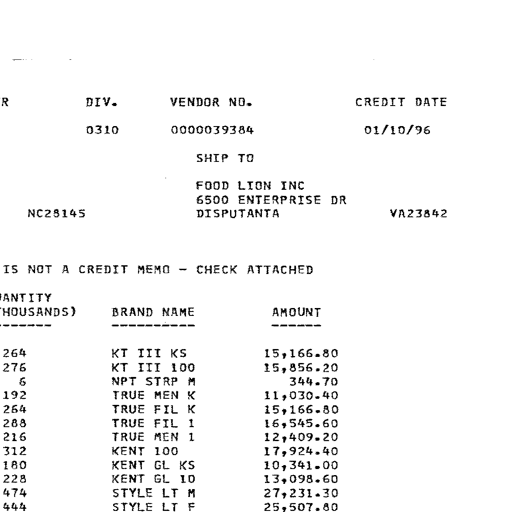
Transcript:
DIV.
0310
VENDOR NO.
0000039384
SHIP TO
CREDIT DATE
01/10/96
NC28145
FOOD LION INC
6500 ENTERPRISE DR
DISPUTANTA
VA23842
IS NOT A CREDIT MEMO - CHECK ATTACHED
ANTITY
HOUSANDS)
BRAND NAME
AMOUNT
264
276
6
192
264
288
216
312
180
228
474
444
KT III KS
KT III 100
NPT STRP M
TRUE MEN K
TRUE FIL K
TRUE FIL 1
TRUE MEN 1
KENT 100
KENT GL KS
KENT GL 10
STYLE LT M
STYLE LT F
15,166.80
15,856.20
344.70
11,030.40
15,166.80
16,545.60
12,409.20
17,924.40
10,341.00
13,098.60
27,231.30
25,507.80